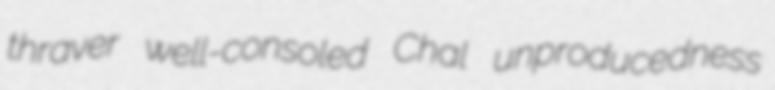
thraver well-consoled Chal unproducedness